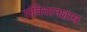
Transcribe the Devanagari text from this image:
संविधानशास्त्र